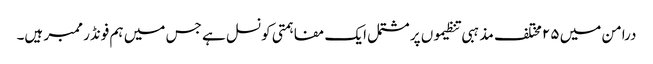
درامن میں ۲۵ مختلف مذہبی تنظیموں پر مشتمل ایک مفاہمتی کونسل ہے جس میں ہم فونڈر ممبر ہیں۔